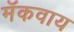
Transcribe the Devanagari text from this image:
मॅकवाय